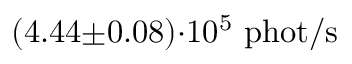
( 4 . 4 4 { \pm } 0 . 0 8 ) { \cdot } 1 0 ^ { 5 } \ \mathrm { p h o t / s }